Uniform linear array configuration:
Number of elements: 48
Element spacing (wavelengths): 0.5
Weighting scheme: exponential
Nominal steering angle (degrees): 30
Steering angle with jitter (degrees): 28.385
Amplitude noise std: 0.05
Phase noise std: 0.05

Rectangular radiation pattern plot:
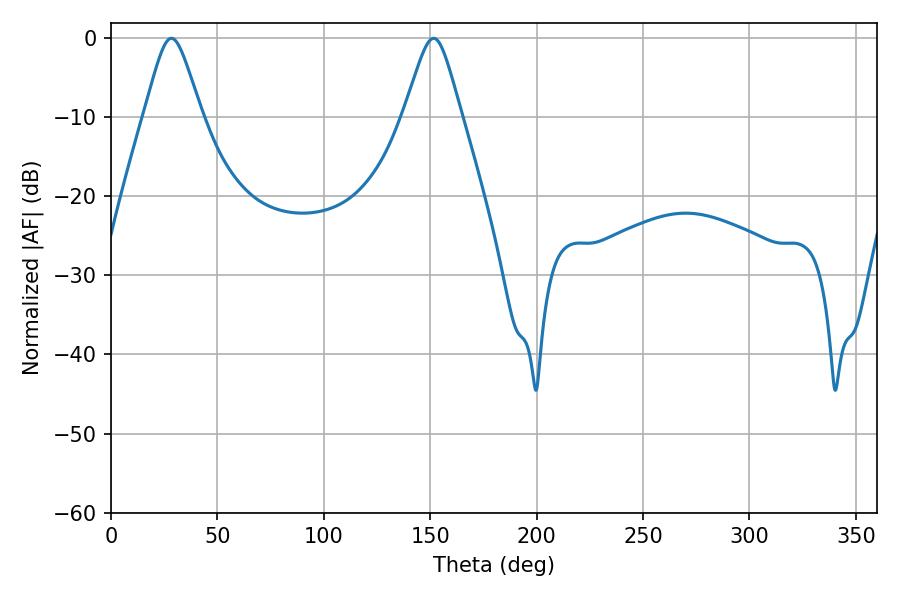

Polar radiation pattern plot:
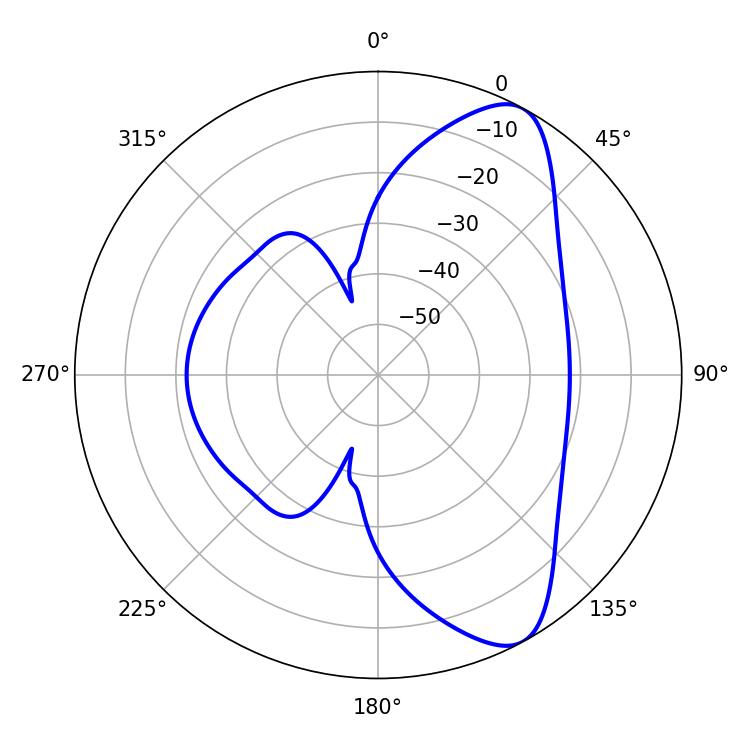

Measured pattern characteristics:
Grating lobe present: FALSE
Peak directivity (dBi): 8.777
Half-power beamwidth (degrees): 12.96
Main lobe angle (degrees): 28.44